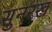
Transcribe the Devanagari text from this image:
सुनरख